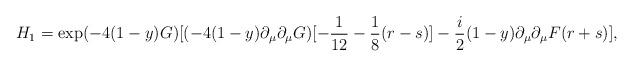
LaTeX: \begin{align*}H_{1}=\exp(-4(1-y)G)[(-4(1-y)\partial_{\mu}\partial_{\mu}G)[-\frac{1}{12}-\frac{1}{8}(r-s)]-\frac{i}{2}(1-y)\partial_{\mu}\partial_{\mu}F(r+s)],\end{align*}